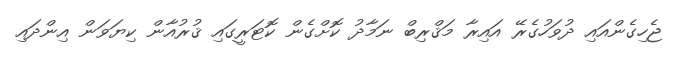
ޖެހިގެންއައި ދުވަހުގެރޭ އައިރާ މަޤްރިބް ނަމާދު ކޮށްގެން ކޮޓަރީގައި ޤުރުއާން ކިޔަވަން އިންދައި